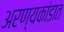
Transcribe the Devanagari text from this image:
अरण्यकांडात